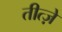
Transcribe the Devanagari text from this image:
तीत्ज़े